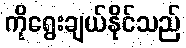
ကိုရွေးချယ်နိုင်သည်